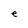
Character: e